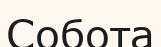
Собота